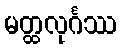
မတ္ထလုင်္ဂဿ